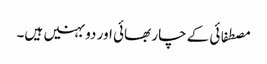
مصطفائی کے چار بھائی اور دو بہنیں ہیں۔